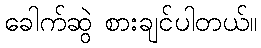
ခေါက်ဆွဲ စားချင်ပါတယ်။